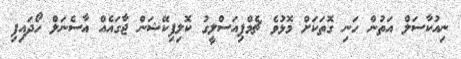
ނިއުކާސަލް އަތުން ހަނި ގޮތަކަށް މޮޅުވެ ޗެމްޕިއަސްލީގު ކޮލިފިކޭޝަން ޖާގައެއް އާސެނަލް ހޯދައިފި